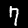
Digit: 7